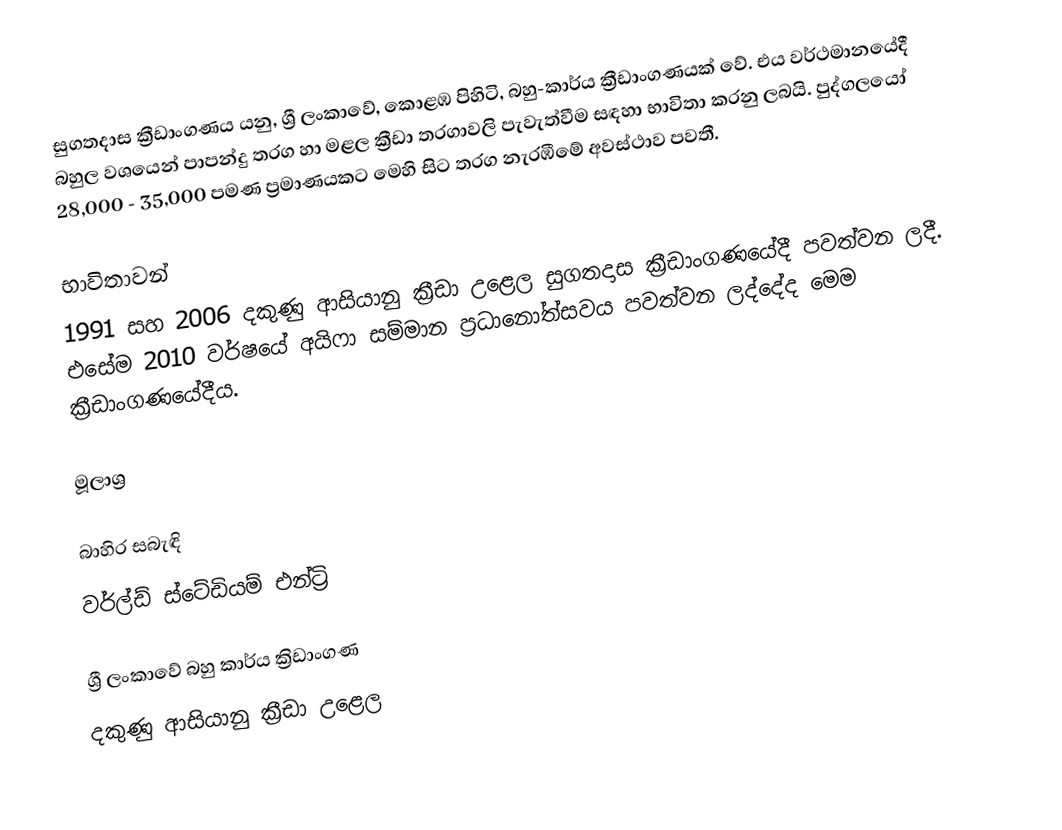
සුගතදාස ක්‍රීඩාංගණය  යනු, ශ්‍රී ලංකාවේ, කොළඹ පිහිටි, බහු-කාර්ය ක්‍රීඩාංගණයක් වේ. එය වර්ථමානයේදී බහුල වශයෙන් පාපන්දු තරග හා මළල ක්‍රීඩා තරගාවලි පැවැත්වීම සඳහා භාවිතා කරනු ලබයි. පුද්ගලයෝ 28,000 - 35,000 පමණ ප්‍රමාණයකට මෙහි සිට තරග නැරඹීමේ අවස්ථාව පවතී.

භාවිතාවන්
1991 සහ 2006 දකුණු ආසියානු ක්‍රීඩා උළෙල සුගතදාස ක්‍රීඩාංගණයේදී පවත්වන ලදී. එසේම 2010 වර්ෂයේ අයිෆා සම්මාන ප්‍රධානෝත්සවය පවත්වන ලද්දේද මෙම ක්‍රීඩාංගණයේදීය.

මූලාශ්‍ර

බාහිර සබැඳි
වර්ල්ඩ් ස්ටේඩියම් එන්ට්‍රි

ශ්‍රී ලංකාවේ බහු කාර්ය ක්‍රිඩාංගණ
දකුණු ආසියානු ක්‍රීඩා උළෙල